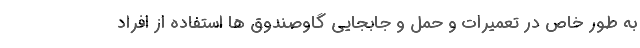
به طور خاص در تعمیرات و حمل و جابجایی گاوصندوق­ ها استفاده از افراد